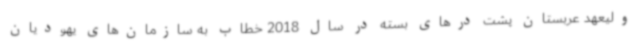
ولیعهد عربستان پشت درهای بسته در سال 2018 خطاب به سازمان‌های یهودیان